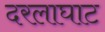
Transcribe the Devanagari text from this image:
दरलाघाट